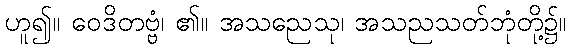
ဟူ၍။ ဝေဒိတဗ္ဗံ၊ ၏။ အသညေသု၊ အသညသတ်ဘုံတို့၌။